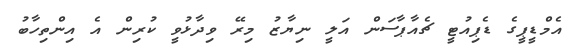
އެމްޑީޕީގެ ޑެޕިއުޓީ ޗެއާޕާސަން އަލީ ނިޔާޒު މިރޭ ވިދާޅުވީ ކުރިން އެ އިންތިހާބު